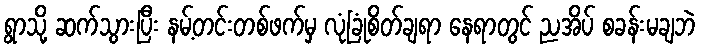
ရွာသို့ ဆက်သွားပြီး နမ့်တင်းတစ်ဖက်မှ လုံခြုံစိတ်ချရာ နေရာတွင် ညအိပ် စခန်းမချဘဲ